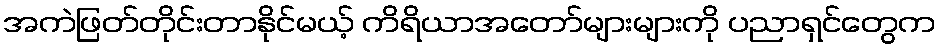
အကဲဖြတ်တိုင်းတာနိုင်မယ့် ကိရိယာအတော်များများကို ပညာရှင်တွေက